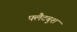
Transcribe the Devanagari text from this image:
फ्लैटबुश